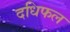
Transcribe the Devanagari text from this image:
दधिफल